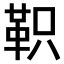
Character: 𫖆